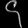
Digit: ၄